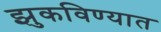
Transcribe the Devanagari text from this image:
झुकविण्यात